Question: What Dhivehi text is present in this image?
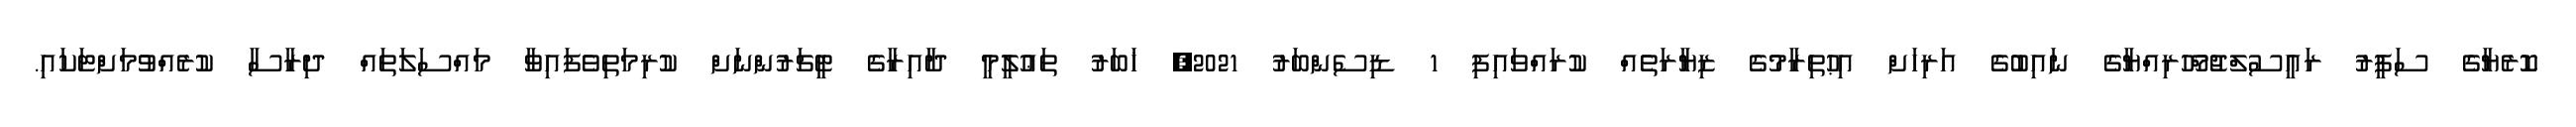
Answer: ކޮރެޔާގެ ސަފީރު ރައީސުލްޖުމްހޫރިއްޔާގެ ނައިބުގެ އަރިހަށް އިޙުތިރާމުގެ ޒިޔާރަތެއް ކުރައްވައިފި 1 ޑިސެންބަރު 2021, ޚަބަރު ތަޢުލީމީ ދާއިރާގެ ޓީޗަރުންނަށް ކުރިމަތިވެފައިވާ މައްސަލަތައް ދިރާސާ ކުރެއްވުމަށްޓަކައި.